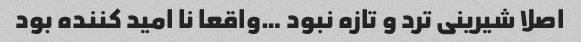
اصلا شیرینی ترد و تازه نبود …واقعا نا امید کننده بود